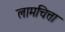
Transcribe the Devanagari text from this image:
लामचित्ता